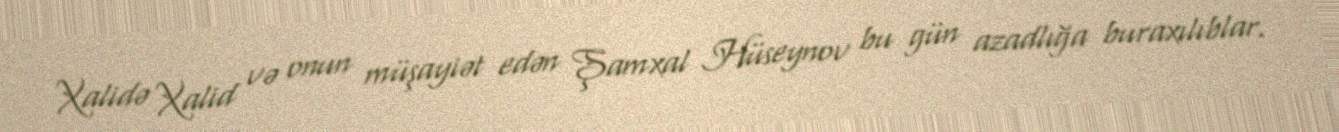
Xalidə Xalid və onun müşayiət edən Şamxal Hüseynov bu gün azadlığa buraxılıblar.